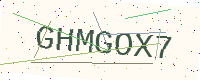
Text: GHMGOX7